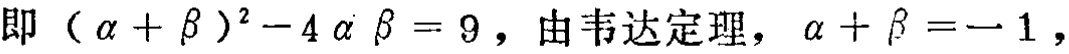
即\((\alpha + \beta)^2 - 4\alpha\beta = 9\)，由韦达定理，\(\alpha + \beta = - 1\)，